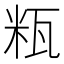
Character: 𱰋